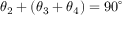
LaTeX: \theta _ { 2 } + ( \theta _ { 3 } + \theta _ { 4 } ) = 9 0 ^ { \circ }